Leningradi_Edasi_toimetus, lk 69
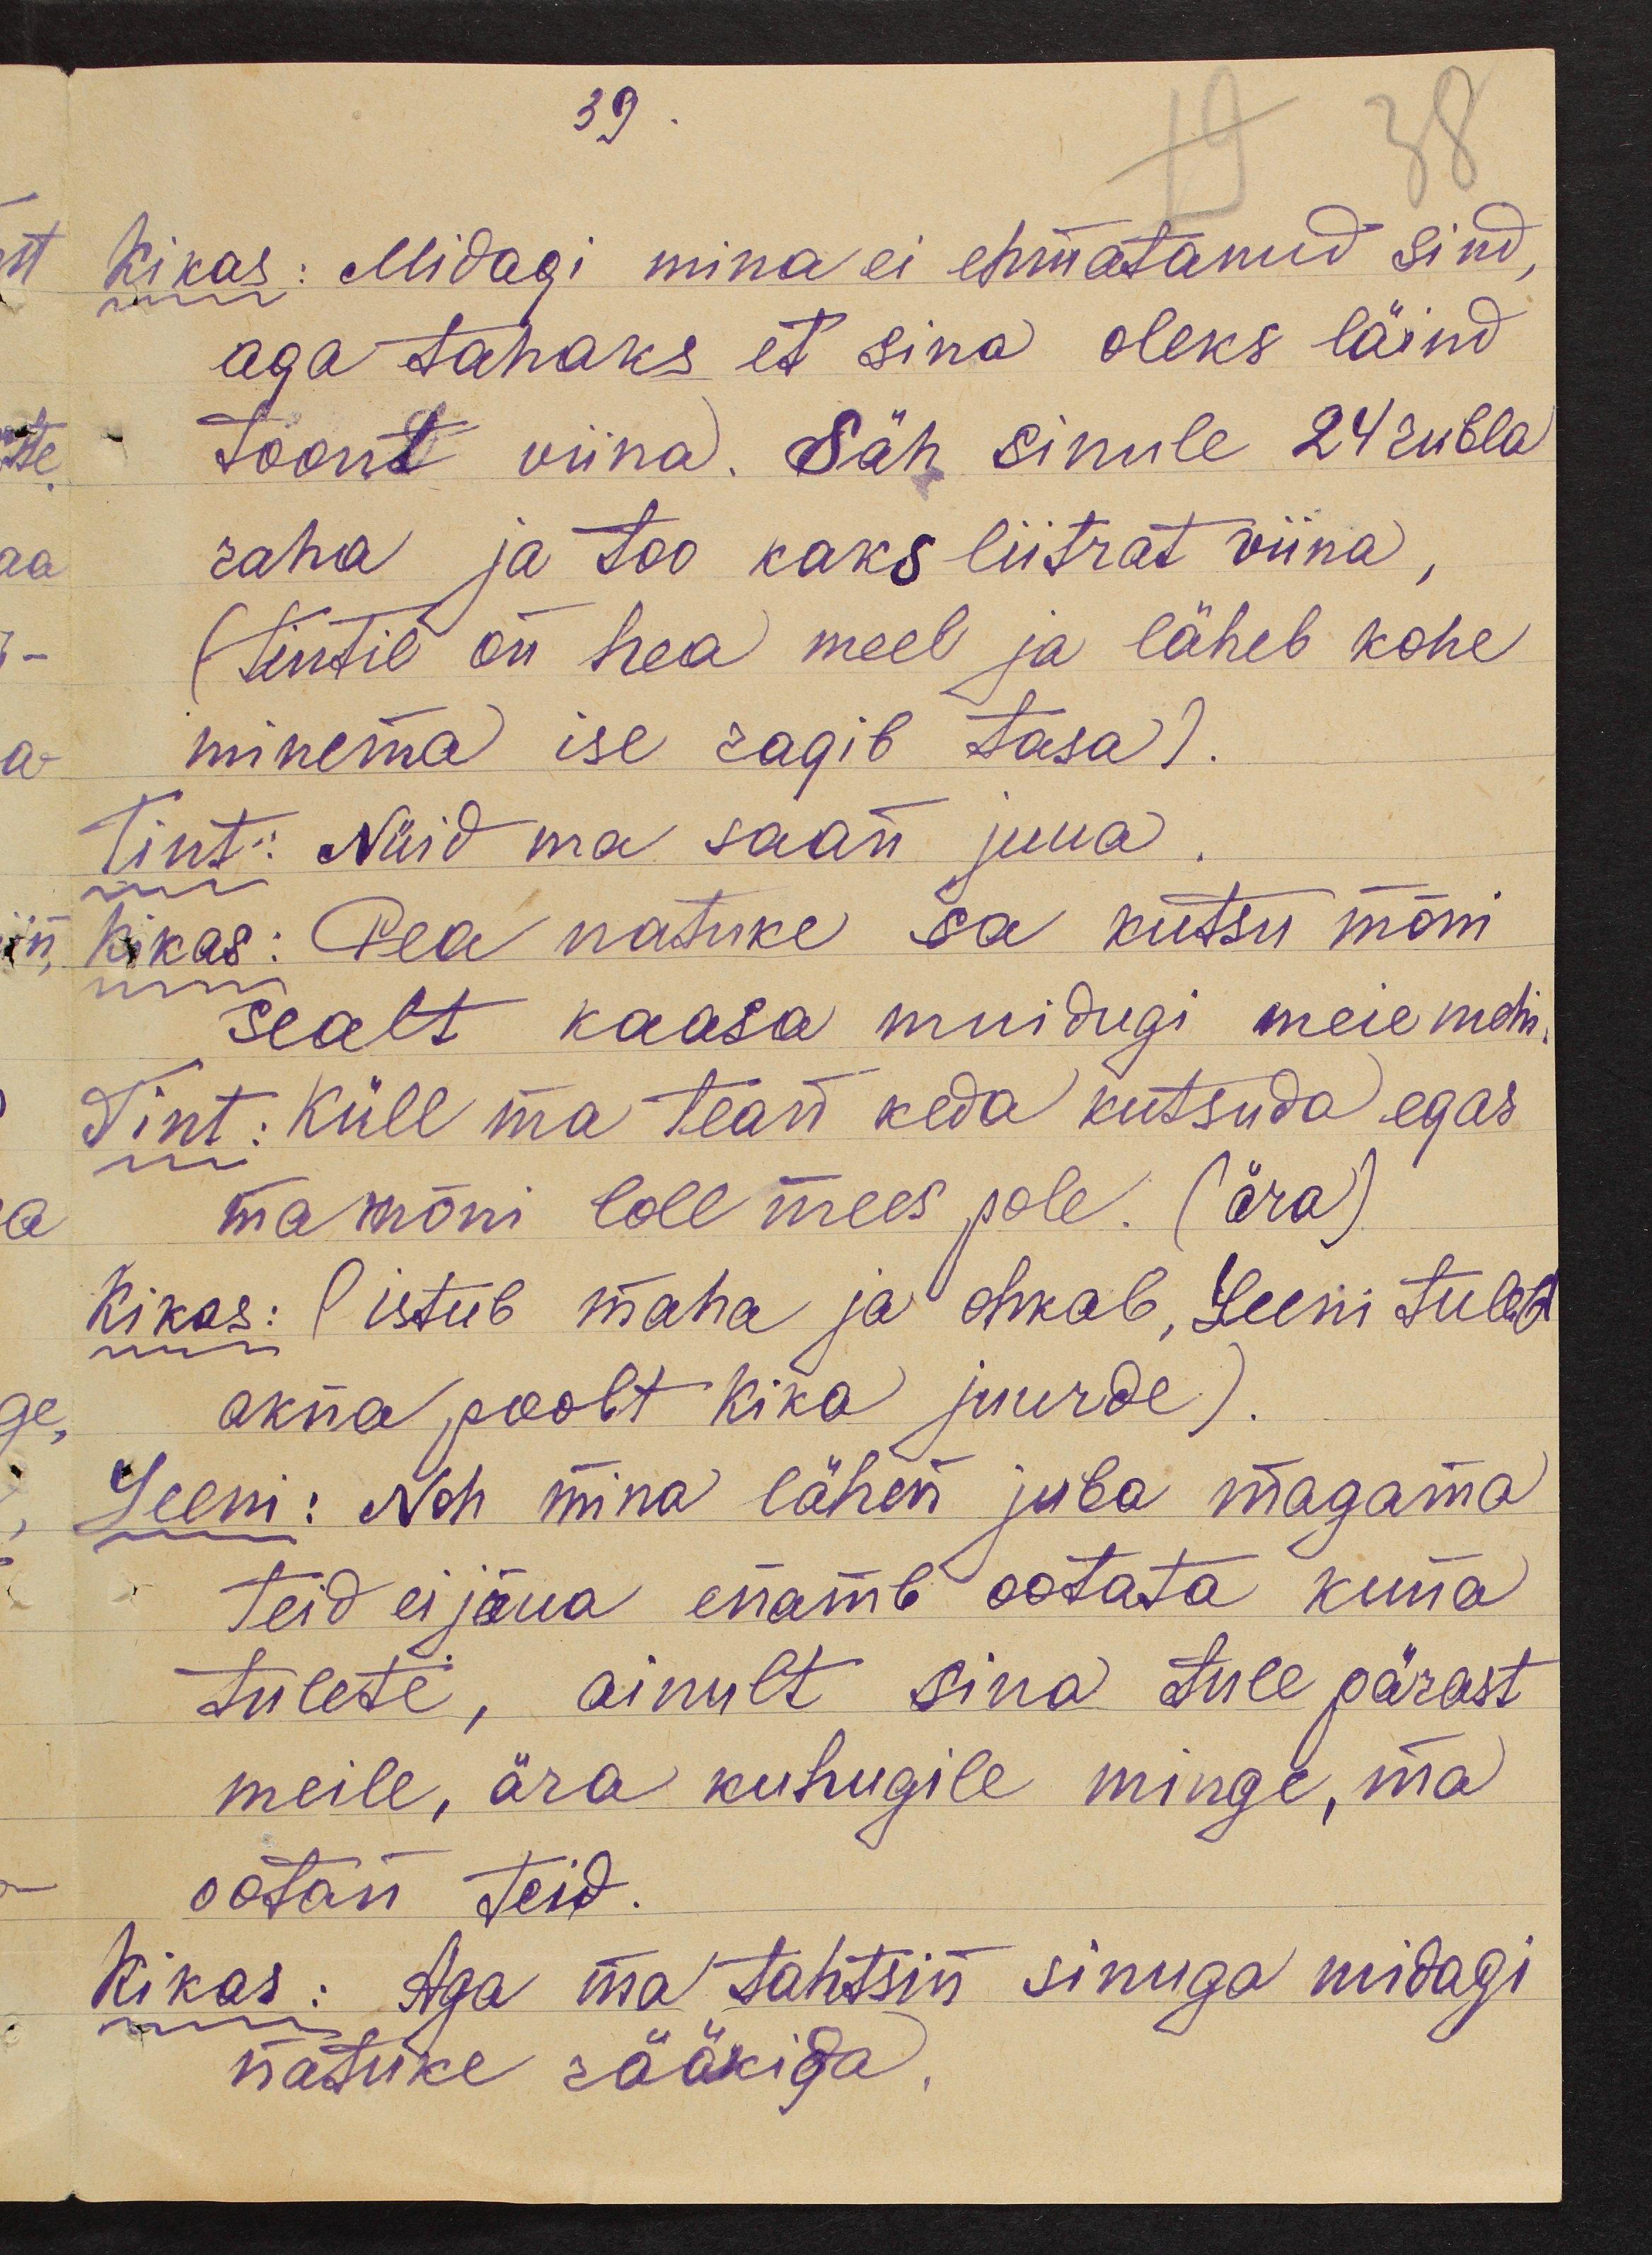
39.
Kikas: Midagi mina ei ehmatanud sind,
aga tahaks et sina oleks läind
toont viina. Säh sinule 24 rubla
raha ja too kaks liitrat viina,
(Tintil on hea meel ja läheb kohe
minema ise ragib tasa).
Tint: Nüid ma saan juua.
Kikas: Pea natuke sa kutsu mõni
sealt kaasa muidugi meie mehi.
Tint: Küll ma tean keda kutsuda egas
ma mõni loll mees pole. (ära)
Kikas: (istub maha ja ohkab, Leeni tuleb
akna poolt Kika juurde).
Leeni: Noh mina lähen juba magama
teid ei jõua enamb ootata kuna
tulete, ainult sina tule pärast
meile, ära kuhugile minge, ma
ootan teid.
Kikas: Aga ma tahtsin sinuga midagi
natuke rääkida.